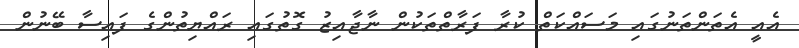
އެއީ އެތަންތަނުގައި މަސައްކަތް ކުރާ ފަރާތްތަކުން ނާޖާއިޒު ގޮތުގައި ރައްޔިތުންގެ ފައިސާ ބޭނުން